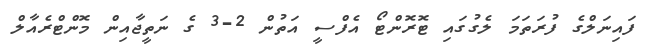
ފައިނަލްގެ ފުރަތަމަ ލެގުގައި ޓޮރޮންޓޯ އެފްސީ އަތުން 2-3 ގެ ނަތީޖާއިން މޮންޓްރެއާލް